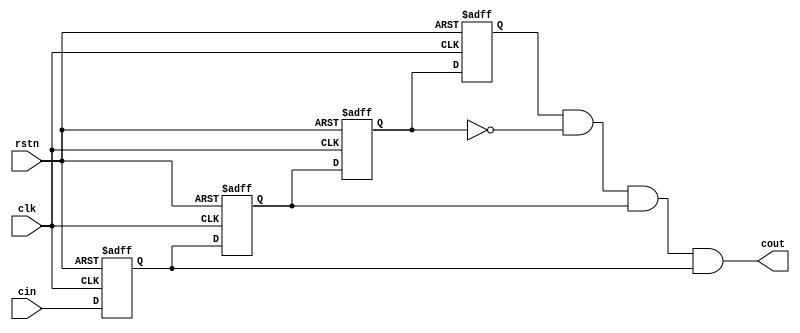
module edge_mod(
input clk,
input rstn,
input cin,
output cout
);

reg cin_1;
//initially this was not here
reg cin_2;
reg cin_3;
reg cin_4;


always @(posedge clk or negedge rstn)
begin
 if(~rstn)
  begin
   cin_1 <= 1'b0;
   cin_2 <= 1'b0;
   cin_3 <= 1'b0;
   cin_4 <= 1'b0;
  end
 else
  begin
   //cin_f <= cin;
   cin_1 <= cin;
   cin_2 <= cin_1;
   cin_3 <= cin_2;
   cin_4 <= cin_3;
  end
end

//initally it was assign_count = cin_f;
assign cout = cin_4 & ~cin_3 & cin_2 & cin_1;

endmodule